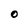
Character: O